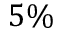
5 \%